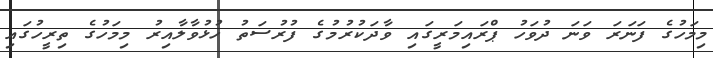
މިމަހުގެ ފަނަރަ ވަނަ ދުވަހު ޕްރައިމަރީގައި ވާދަކުރުމުގެ ފުރުސަތު ހުޅުވާލާއިރު މިމަހުގެ ތިރީހުގައި